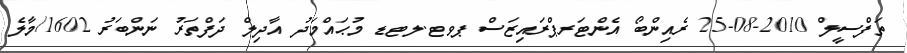
ތަފްސީލް 2010-08-25 ރެއިންބޯ އެންޓަރޕްރައިޒަސް ޕވޓ.ލޓޑ މުޙައްމަދު އާދިލް ދަފްތަރު ނަންބަރު 1602/މާލެ